Annual administration report of the Civil Veterinary Department of India - 1899-1900
Year: 1899
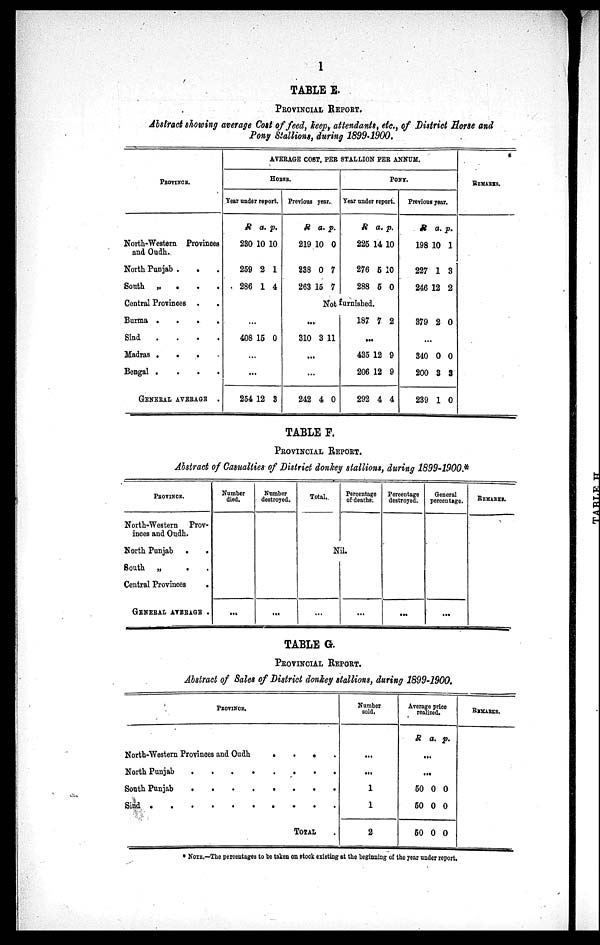
l
TABLE E.
PROVINCIAL REPORT.
Abstract showing average Cost of feed, keep, attendants, etc., of District Horse and
Pony Stallions, during 1899-1900.
PROVINCE.
North-Western Provinces
and Oudh.
North Punjab .
. .
South „ . . .
Central Provinces . .
Burma .
.
.
.
Sind
.
.
.
.
Madras .
.
.
.
Bengal .
.
.
.
GENERAL AVERAGE .
AVERAGE COST, PER STALLION PER ANNUM.
HORSE.
Year under report.
R
230
259
286
a.
10
2
1
p.
10
1
4
...
408 15 0
...
...
254 12 3
Previous year.
R
219
238
263
a.
10
0
15
p.
0
7
7
PONY.
Year under report.
R
225
276
288
a.
14
5
5
Not furnished.
...
310 3 11
...
...
242 4 0
187 7
p.
10
10
0
2
...
435
206
292
12
12
4
9
9
4
Previous year.
R
198
227
246
379
a.
10
1
12
2
p.
1
3
2
0
...
340
200
239
0
3
1
0
3
0
REMARKS.
TABLE F.
PROVINCIAL REPORT.
Abstract of Casualties of District donkey stallions, during 1899-1900.*
PROVINCE.
North-Western Prov-
inces and Oudh.
North Punjab
.
.
South
„
. .
Central Provinces
.
GENERAL AVERAGE .
Number
died.
...
Number
destroyed.
...
Total.
Percentage
of deaths.
Nil.
...
...
Percentage
destroyed.
...
General
percentage.
...
REMARKS.
TABLE G.
PROVINCIAL REPORT.
Abstract of Sales of District donkey stallions, during 1899-1900.
PROVINCE.
North-Western Provinces and
Oudh.
.
.
.
North Punjab
.
.
.
.
.
.
.
.
South Punjab . . . . . . . .
Sind . . . . . . . . . .
TOTAL .
Number
sold.
...
...
1
1
2
Average price
realized.
R a. p.
...
...
50
50
50
0
0
0
0
0
0
REMARKS.
* NOTE. —The percentages to be taken on stock existing at the beginning of the year under report.